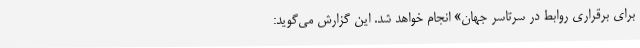
برای برقراری روابط در سرتاسر جهان» انجام خواهد شد. این گزارش می‌گوید: